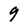
Character: 9